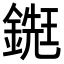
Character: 𨪹